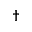
\dagger